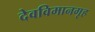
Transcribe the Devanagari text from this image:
देवविमानगृह